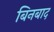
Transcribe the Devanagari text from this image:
बिनबाद